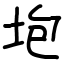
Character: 垉